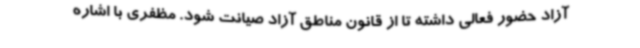
آزاد حضور فعالی داشته تا از قانون مناطق آزاد صیانت شود. مظفری با اشاره